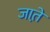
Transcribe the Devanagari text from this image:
जात़े